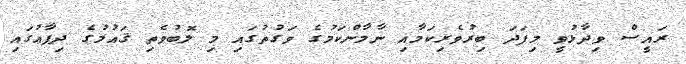
ރައީސް ވިދާޅުވީ މިފަދަ ބިރުވެރިކަމާއި ނާމާންކަމުގެ ވަގުތުގައި މި ލޮބުވެތި ޤައުމުގެ ދިފާޢުގައި